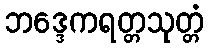
ဘဒ္ဒေကရတ္တသုတ္တံ